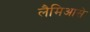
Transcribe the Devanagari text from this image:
लैमिआसे